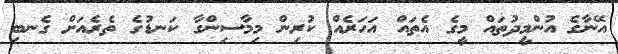
އޭނާގެ އުންމީދުތައް މީގެ އެތައް އަހަރެއް ކުރިން މިމާސިންގާ ކަނޑުގެ ތެރެއަށް ގެނބި